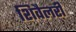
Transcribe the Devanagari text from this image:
शिवैलरी